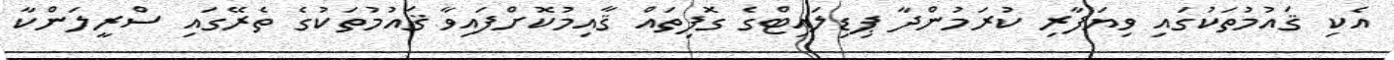
އެކި ޤައުމުތަކުގައި ވިޔަފާރި ކުރަމުންދާ ޕިޑިލައިޓްގެ ގޮފިތައް ޤާއިމުކޮށްފައިވާ ޤައުމުތަކުގެ ތެރޭގައި ސްރީލަންކާ